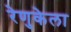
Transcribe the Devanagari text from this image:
रेणुकेला